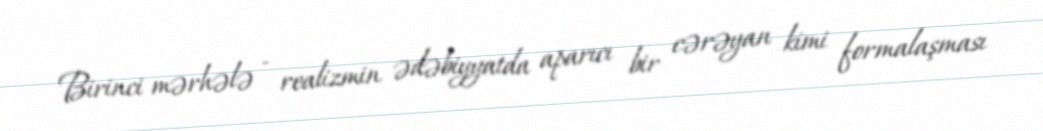
Birinci mərhələ - realizmin ədəbiyyatda aparıcı bir cərəyan kimi formalaşması